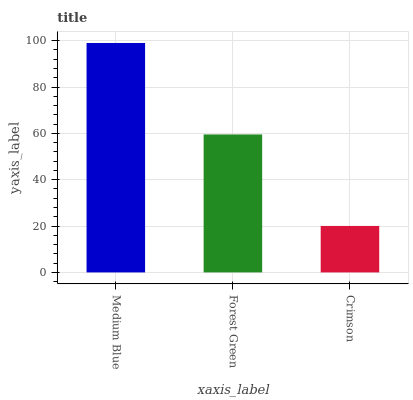
| xaxis_label | bars |
 | --- | --- |
 | Medium Blue | 99 |
 | Forest Green | 59.5 |
 | Crimson | 20 |